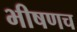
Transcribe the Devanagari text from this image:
भीषणच